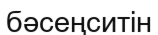
бәсеңситін